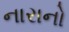
નારાનો